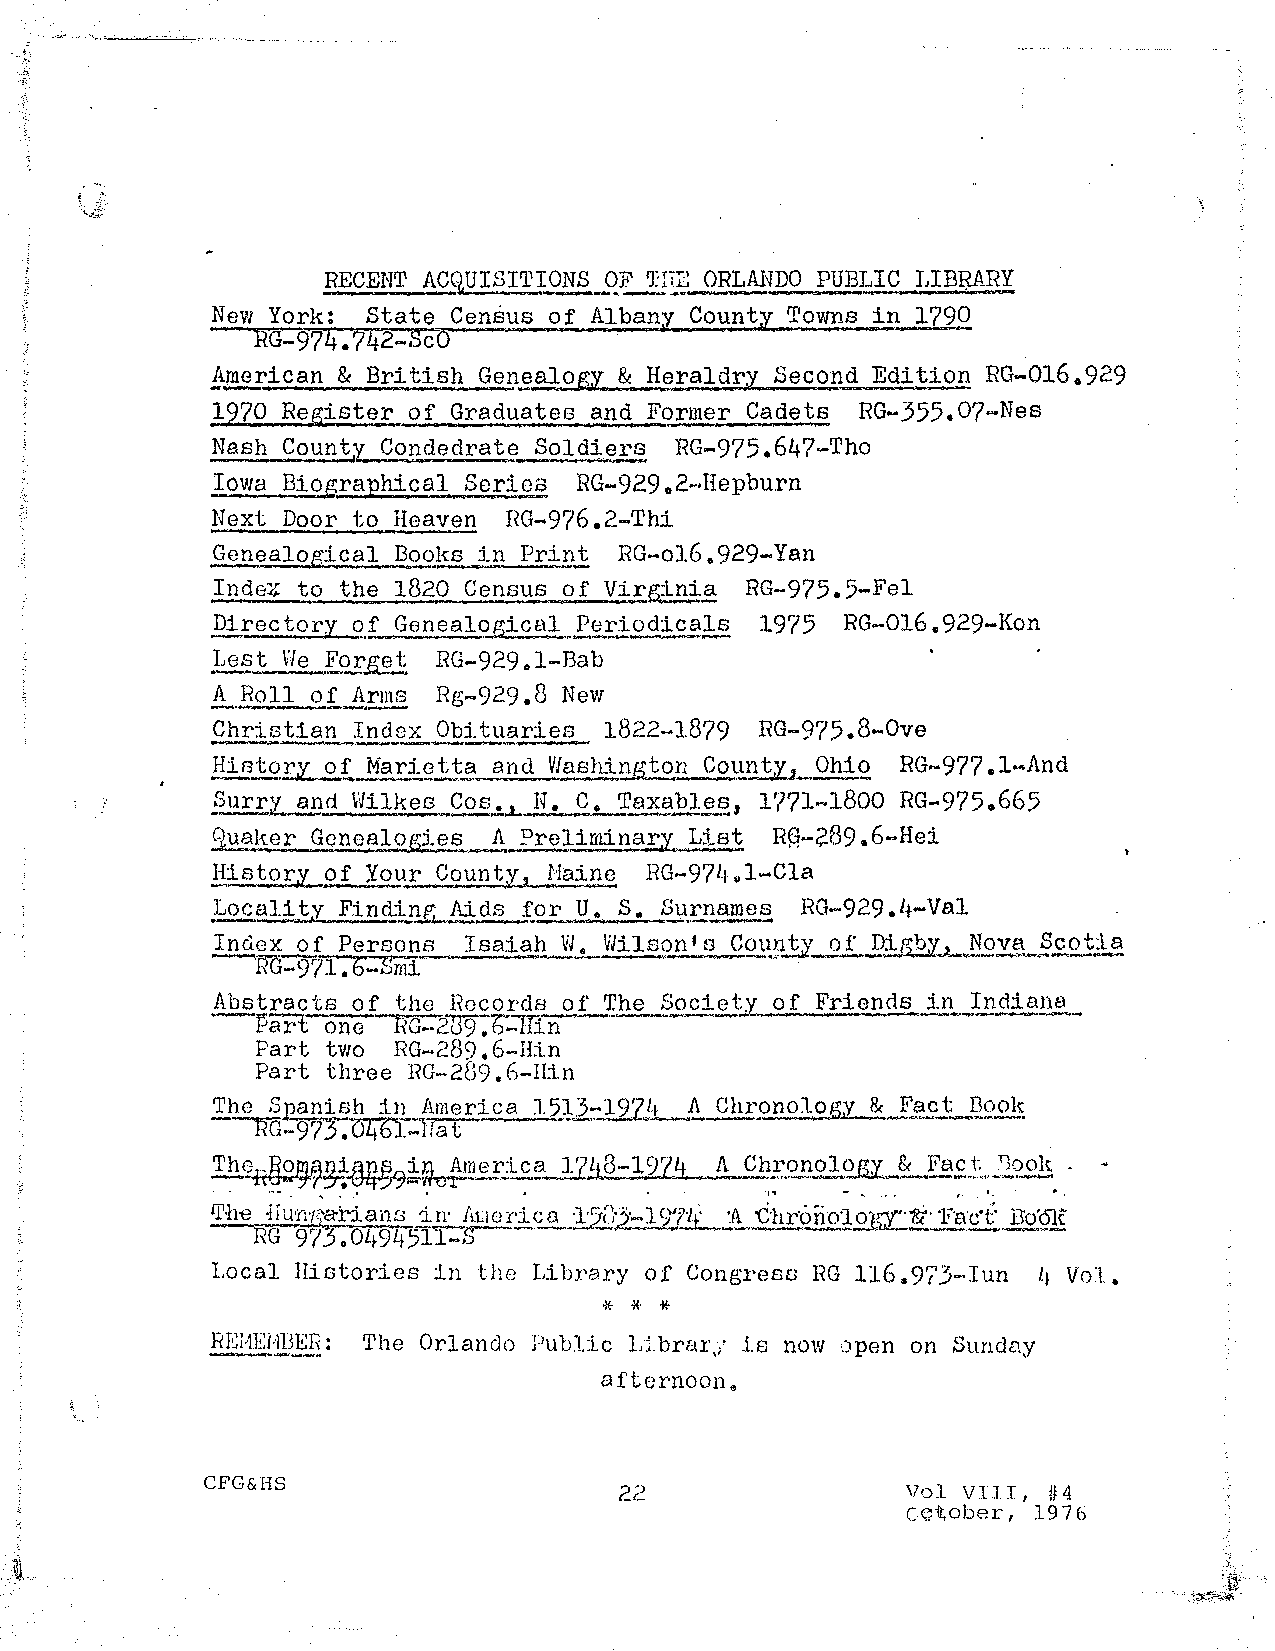
RECENT ACQUISITION.S _Q~S! ORLANDO PUBLIC LIBAARY
 New York: State Census of Albany County Towns in 1790
 RG-974.742-ScO          ·
 ~merican & British Gen~alogy & Heraldry Second Edition RG-016.929
 1970 Register of Graduates and Former Cadets RG-355.07-Nes
 Nash Count~_Condedrate Soldi~r~ RG-975.647-Tho
 Iowa Bioj;raphical Series RG-929.2-Hepburn
 Next Door to Heaven RG-976.2-Thi
 ~nealogical  Books in Print RG-ol6.929-Yan
 Inde4 to the 1820 Census of Virgin~~ RG-975.5-Fel
 Directory of Genealogical Per.iodicals 1975 RG-016. 929-Kon
 Lest He Forge~ RG-929.1-Bab
 A.. Roll of A.~ Rg-929 .8 New
 Christian Index Obituaries 1822-1879 RG-975.8-0ve
 .01.
 Jiis_torx. Harietta and V/ashington Count,;y:, Ohio RG-977 .l-And
 _?urry__!lpd Wilkes Cos., N.c. Taxa.Ql~, 1771-1800 RG-975.665
 9.ua;.cer Genealogies ..A ~reliminary List RA-289 .6-Hei
 Histor;y, 9f Your _C.,2unty Haine RG-974.1-Cla
 2
 u. s.
 ~2~£ality !inQin~ Aids ~or    Surnames  RG-929.4-Val
 Index of Persons Isai~h VI. VJilson 1 s Cot:~.Y of Dig_by.J N9~..§9.0t.~a
 -RG-971.6-Smi
 Abstracts of the Records o.f. Jhe Society of Friends in )n.~i_an.a ..
 Part one  RG-209.6-lfin
 Part two  RG-289.6-Hin
 Part three RG-289.6-IIin
 'rhe S;eanish i:n America 1513-197h A Chronology & ~!:§~ook
 RG-9?3.04b·l-lfat .       .
 Then~£~~§~.~~~-mJ3ri~.§;. 17Lt8-1??4 A q-~:on9logz & _Fa:.i·. .. ~.
 11'-he -Hu·n·r;-a-rians in· Auorica ·1·2(}3·-lS,'J'Lr~ ·A C·hr·6no101'J:"&· 'Fac·t· D'o'61t
 RG 973.0494.511-S      . '          .    -     ·.
 -~
 Local Histories in the Library of Congress RG ll6.973p·Iun Lf Vol.
 B,l'!li~U.!?ER: The Orlando Public L:LbrarJ is now open on Sunday
 afternoone
 CFG&HS
 22                 Vol VIII, #4
 C~it;ober, 1976